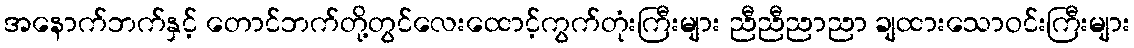
အနောက်ဘက်နှင့် တောင်ဘက်တို့တွင်လေးထောင့်ကွက်တုံးကြီးများ ညီညီညာညာ ချထားသောဝင်းကြီးများ